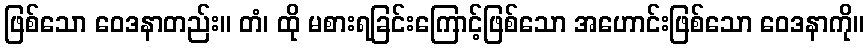
ဖြစ်သော ဝေဒနာတည်း။ တံ၊ ထို မစားရခြင်းကြောင့်ဖြစ်သော အဟောင်းဖြစ်သော ဝေဒနာကို။